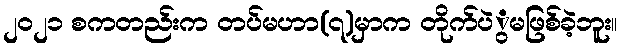
၂၀၂၁ စကတည်းက တပ်မဟာ(၇)မှာက တိုက်ပဲွမဖြစ်ခဲ့ဘူး။